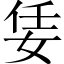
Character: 𡜟